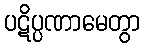
ပဋိပ္ပဏာမေတွာ